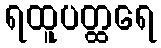
ရထူပတ္ထရေ